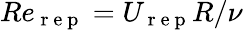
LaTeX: Re_{\mathrm{~r~e~p~}}=U_{\mathrm{~r~e~p~}}R/\nu